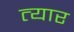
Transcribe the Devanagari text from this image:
त्यार